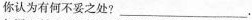
你认为有何不妥之处?___.